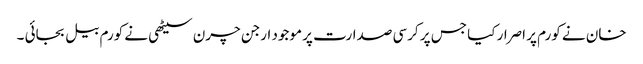
خان نے کورم پر اصرار کیا جس پر کرسی صدارت پر موجود ارجن چرن سیٹھی نے کورم بیل بجائی ۔